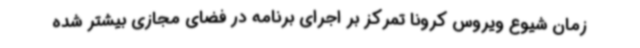
زمان شیوع ویروس کرونا تمرکز بر اجرای برنامه در فضای مجازی بیشتر شده